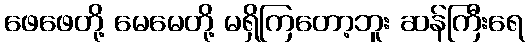
ဖေဖေတို့ မေမေတို့ မရှိကြတော့ဘူး ဆန်ကြီးရေ